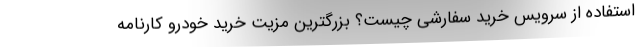
استفاده از سرویس خرید سفارشی چیست؟ بزرگترین مزیت خرید خودرو کارنامه